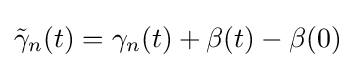
{\tilde {\gamma }}_{n}(t)=\gamma _{n}(t)+\beta (t)-\beta (0)